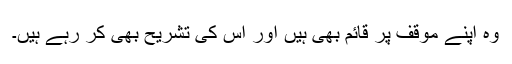
وہ اپنے موقف پر قائم بھی ہیں اور اس کی تشریح بھی کر رہے ہیں۔